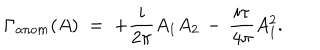
LaTeX: \Gamma _ { a n o m } ( A ) \; = \; + \frac { i } { 2 \pi } A _ { 1 } A _ { 2 } \, - \, \frac { i \tau } { 4 \pi } A _ { 1 } ^ { 2 } .